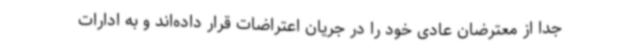
جدا از معترضان عادی خود را در جریان اعتراضات قرار داده‌اند و به ادارات